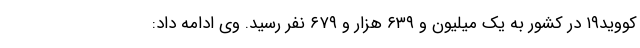
کووید۱۹ در کشور به یک میلیون و ۶۳۹ هزار و ۶۷۹ نفر رسید. وی ادامه داد: